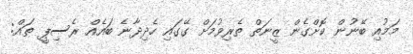
މަމުއި ބޭނުން ކޮށްގެން ޒީނަތް ތެރިވުމަށް ގޭގައި ހެދިދާނެ ބައެއް ރެސިޕީ ތައް: